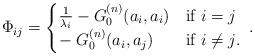
LaTeX: \begin{align*}\Phi_{ij} =\begin{cases} {1 \over \lambda_i} - G^{(n)}_{0} (a_{i},a_{i}) & \textrm{if $i = j$} \\- \; G^{(n)}_{0}(a_{i},a_{j}) & \textrm{if $i \neq j$}.\end{cases} \;.\end{align*}